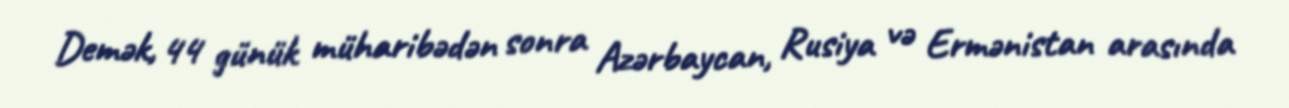
Demək, 44 günük müharibədən sonra Azərbaycan, Rusiya və Ermənistan arasında